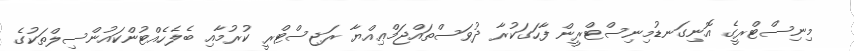
މިނިސްޓްރީގެ އޮނިގަނޑުމިނިސްޓްރީން ފާހަގަކުރާ ދުވަސްތައްޖަމްޢިއްޔާ ރަޖިސްޓްރީ ކުރުމާއި ބެލެހެއްޓުންކައުންސިލްތަކުގެ